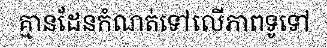
គ្មានដែនកំណត់ទៅលើភាពទូទៅ